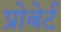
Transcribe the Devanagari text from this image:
प्रोबेर्ट